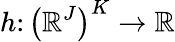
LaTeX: h\colon\left(\mathbb{R}^{J}\right)^{K}\to\mathbb{R}